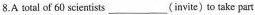
8.A total of 60 scientists ___ (invite)to take part